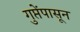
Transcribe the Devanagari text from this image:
गुप्तेंपासून